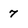
Character: 7